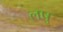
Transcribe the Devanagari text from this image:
लषु